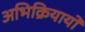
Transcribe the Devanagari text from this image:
अभिक्रियायों